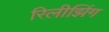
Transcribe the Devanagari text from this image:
रिलीझिंग